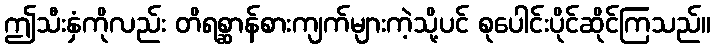
ဤသီးနှံကိုလည်း တိရစ္ဆာန်စားကျက်များကဲ့သို့ပင် စုပေါင်းပိုင်ဆိုင်ကြသည်။